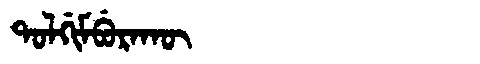
Manchu: ᡨᠣᠯᡤᡳᠮᠪᡠᡵᠠᡴᡡ
Romanization: TOLGIMBURAKŪ